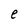
Character: e